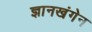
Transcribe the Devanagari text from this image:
ज्ञानखंगेन